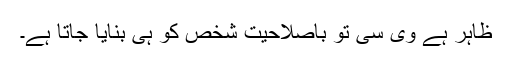
ظاہر ہے وی سی تو باصلاحیت شخص کو ہی بنایا جاتا ہے۔